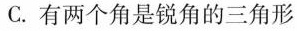
C.有两个角是锐角的三角形